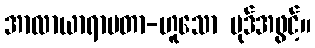
အာလာယာရာမတာ-ဟူသော ပုဒ်အဖွင့်။